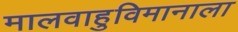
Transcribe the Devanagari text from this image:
मालवाहुविमानाला